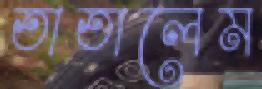
তাতালেম